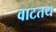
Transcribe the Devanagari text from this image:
वाटतय